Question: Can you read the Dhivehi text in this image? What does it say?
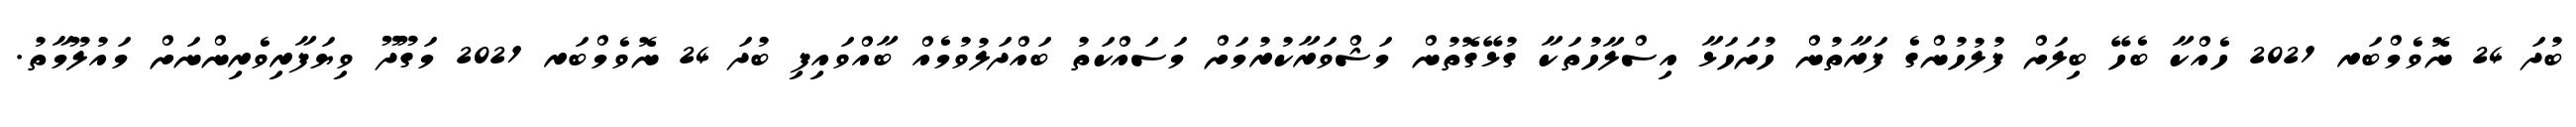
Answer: ބުދަ 24 ނޮވެމްބަރ 2021 ހެއްކާ ބެހޭ ބިލަށް ފުލުހުންގެ ފަރާތުން ހުށަހަޅާ އިސްލާހުތަކާ ގުޅޭގޮތުން މަޝްވަރާކުރުމަށް މަސައްކަތު ބައްދަލުވުމެއް ބާއްވައިފި ބުދަ 24 ނޮވެމްބަރ 2021 މަގޫދޫ ވިޔަފާރިވެރިންނަށް މައުލޫމާތު.